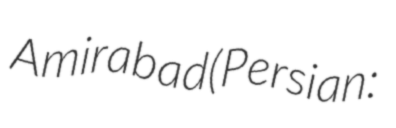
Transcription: Amirabad (Persian: